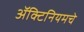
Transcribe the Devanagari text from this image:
ॲक्टिनियमचे